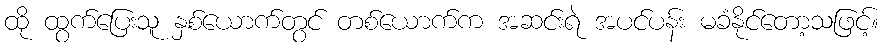
ထို ထွက်ပြေးသူ နှစ်ယောက်တွင် တစ်ယောက်က အဆင်းရဲ အပင်ပန်း မခံနိုင်တော့သဖြင့်။